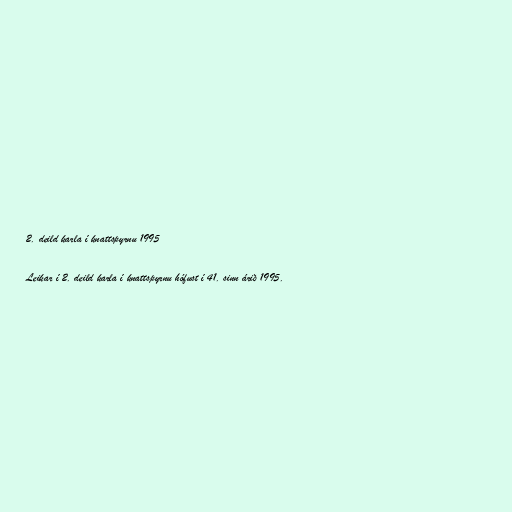
2. deild karla í knattspyrnu 1995

Leikar í 2. deild karla í knattspyrnu hófust í 41. sinn árið 1995.